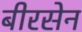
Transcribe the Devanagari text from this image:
बीरसेन